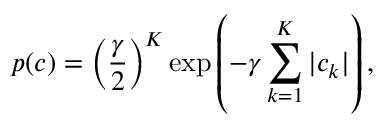
p ( { \boldsymbol { c } } ) = \left( \frac { \gamma } { 2 } \right) ^ { K } \exp \left( - \gamma \sum _ { k = 1 } ^ { K } | c _ { k } | \right) ,